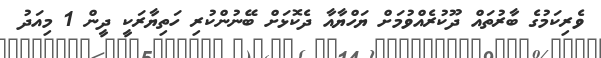
ވެރިކަމުގެ ބާރުތައް ދޫކުރެއްވުމަށް ޔަހްޔާއާ ދެކޮޅަށް ބޭނުންކުރި ހަތިޔާރަކީ ދީން 1 މިއަދު